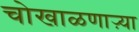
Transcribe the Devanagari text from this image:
चोखाळणाऱ्या